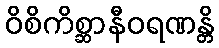
ဝိစိကိစ္ဆာနီဝရဏန္တိ